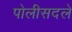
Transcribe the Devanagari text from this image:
पोलीसदले